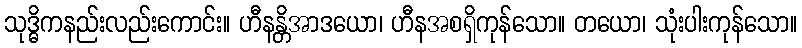
သုဒ္ဓိကနည်းလည်းကောင်း။ ဟီနန္တိအာဒယော၊ ဟီနအစရှိကုန်သော။ တယော၊ သုံးပါးကုန်သော။